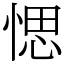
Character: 愢